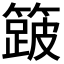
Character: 𮆎